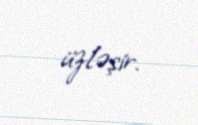
üzləşir.